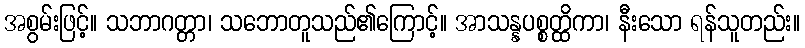
အစွမ်းဖြင့်။ သဘာဂတ္တာ၊ သဘောတူသည်၏ကြောင့်။ အာသန္နပစ္စတ္ထိကာ၊ နီးသော ရန်သူတည်း။